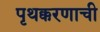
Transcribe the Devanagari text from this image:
पृथक्करणाची